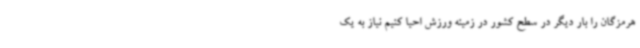
هرمزگان را بار دیگر در سطح کشور در زمینه ورزش احیا کنیم نیاز به یک